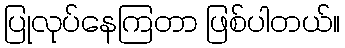
ပြုလုပ်နေကြတာ ဖြစ်ပါတယ်။